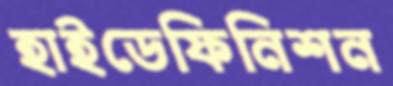
হাইডেফিনিশন